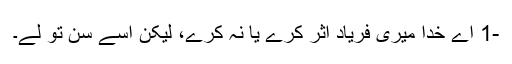
-1 اے خدا میری فریاد اثر کرے یا نہ کرے، لیکن اسے سن تو لے۔